Report of the Imperial Institute of Veterinary Research, Muktesar
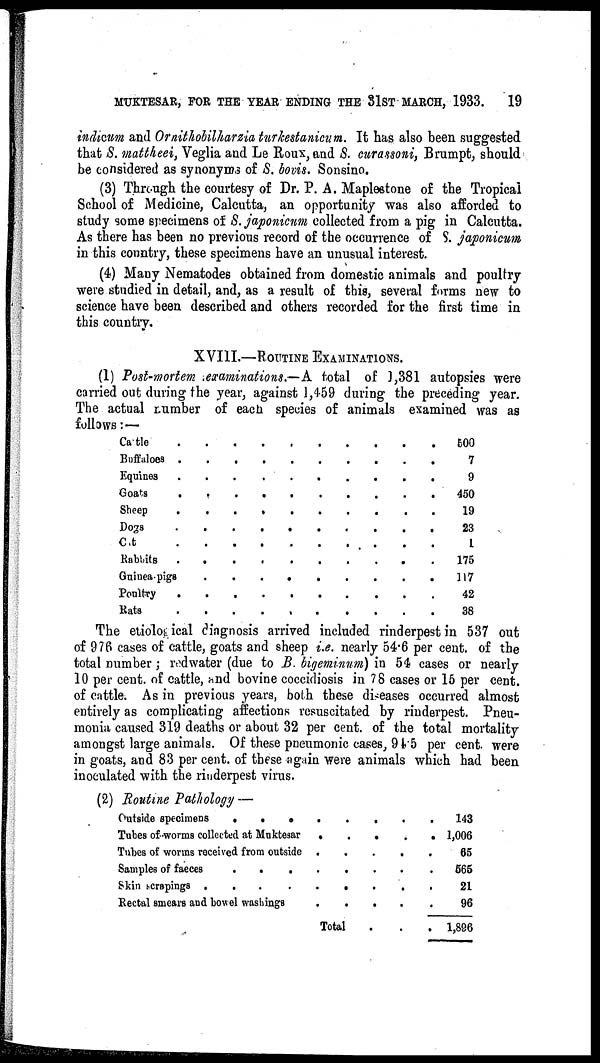
MUKTESAR, FOR THE YEAR ENDING THE 31ST MARCH, 1933.
19
indicum and Ornithobilharzia turkestanicum. It has also been suggested
that S. mattheei, Veglia and Le Roux, and S. curassoni, Brumpt, should
be considered as synonyms of S. bovis. Sonsino.
(3) Through the courtesy of Dr. P. A. Maplestone of the Tropical
School of Medicine, Calcutta, an opportunity was also afforded to
study some specimens of S. japonicum collected from a pig in Calcutta.
As there has been no previous record of the occurrence of S. japonicum
in this country, these specimens have an unusual interest.
(4) Many Nematodes obtained from domestic animals and poultry
were studied in detail, and, as a result of this, several forms new to
science have been described and others recorded for the first time in
this country.
XVIII.—ROUTINE EXAMINATIONS.
(1) Post-mortem examinations.—A total of 1,381 autopsies were
carried out during the year, against 1,459 during the preceding year.
The actual Lumber of each species of animals examined was as
follows: —
Cattle
Buffaloes
Equines
Goats
Sheep
Dogs
Cat
Rabbits
Guinea-pigs
Poultry
Rats
.
.
.
.
.
.
.
.
.
.
.
.
.
.
.
.
.
.
.
.
.
.
.
.
.
.
.
.
.
.
.
.
.
.
.
.
.
.
.
.
.
.
.
.
.
.
.
.
.
.
.
.
.
.
.
.
.
.
.
.
.
.
.
.
.
.
.
.
.
.
.
.
.
.
.
.
.
.
.
.
.
.
.
.
.
.
.
.
.
.
.
.
.
.
.
.
.
.
.
500
7
9
450
19
23
1
175
117
42
38
The etiological diagnosis arrived included rinderpest in 537 out
of 976 cases of cattle, goats and sheep i.e. nearly 54.6 per cent. of the
total number; redwater (due to B. bigeminum) in 54 cases or nearly
10 per cent. of cattle, and bovine coccidiosis in 78 cases or 15 per cent.
of cattle. As in previous years, both these diseases occurred almost
entirely as complicating affections resuscitated by rinderpest. Pneu-
monia caused 319 deaths or about 32 per cent. of the total mortality
amongst large animals. Of these pneumonic cases, 94.5 per cent. were
in goats, and 83 per cent. of these again were animals which had been
inoculated with the rinderpest virus.
(2) Routine Pathology —
Outside specimens
.
.
.
Tubes of worms collected at Muktesar
Tubes of worms received from outside
Samples of faeces
Skin scrapings
.
.
.
.
Rectal smears and bowel washings
.
.
.
.
.
.
.
.
.
.
.
.
.
.
Total
.
.
.
.
.
.
.
.
.
.
.
.
.
.
.
.
.
.
.
.
.
143
1,006
65
565
21
96
1,896